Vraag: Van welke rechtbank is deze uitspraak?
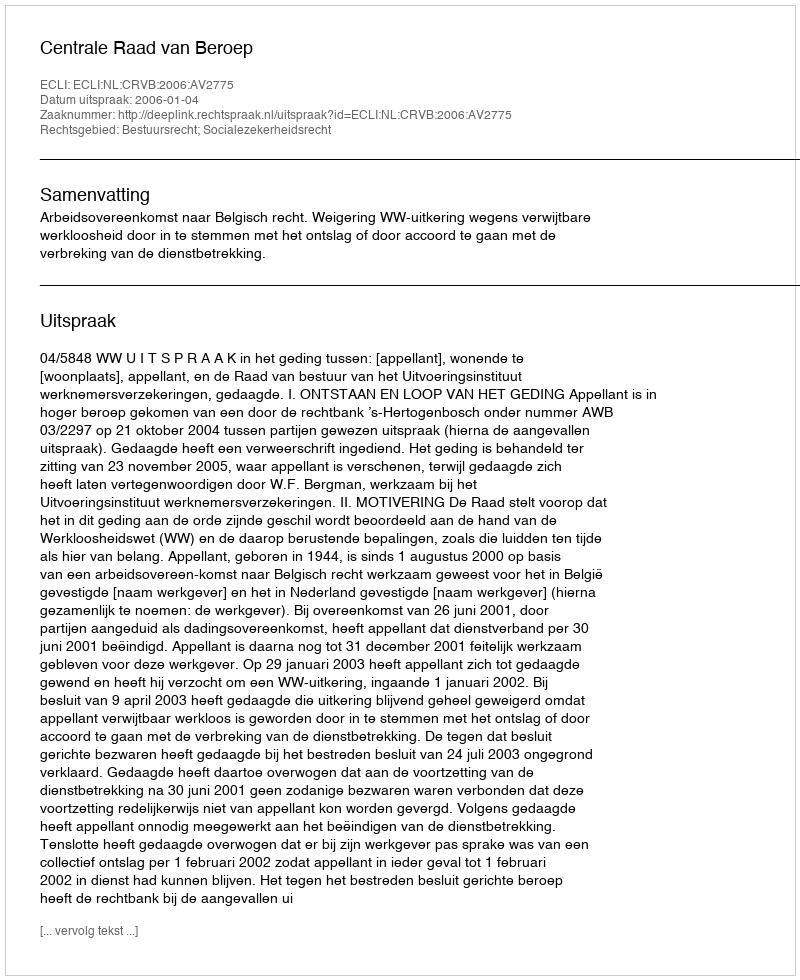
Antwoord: Centrale Raad van Beroep